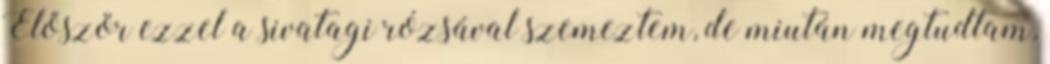
Először ezzel a sivatagi rózsával szemeztem, de miután megtudtam,